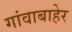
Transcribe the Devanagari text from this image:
गांवाबाहेर